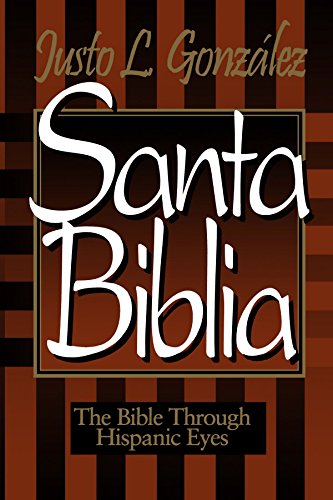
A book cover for Santa Biblia: The Bible Through Hispanic Eyes; Justo L. GonzÃ¡lez; Religion & Spirituality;